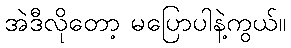
အဲဒီလိုတော့ မပြောပါနဲ့ကွယ်။